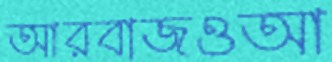
আরবাজওআ